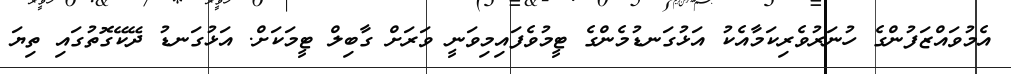
އެމުވައްޒަފުންގެ ހުނަރުވެރިކަމާއެކު އަޅުގަނޑުމެންގެ ޓީމުވެފައިމިވަނީ ވަރަށް ގާބިލް ޓީމަކަށް. އަޅުގަނޑު ދޭކޭގޮތުގައި ތިޔަ